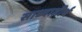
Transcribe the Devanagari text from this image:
साध्यातीर्थ